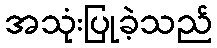
အသုံးပြုခဲ့သည်